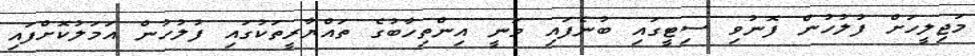
މަޖިލީހަށް ފުލުހުން ފޮނުވި ސިޓީގައި ބުނެފައި ވަނީ އިންތިހާބުގެ ތައްޔާރީތަކުގައި ފުލުހުން އަމަލުކޮށްފައި